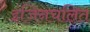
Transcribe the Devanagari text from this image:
इंजिनचलित